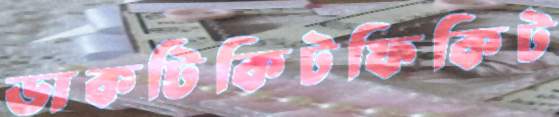
ডাকটিকিটফিকিট